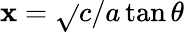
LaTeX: \mathbf{x}={\sqrt{}{{c/a}}}\tan\theta